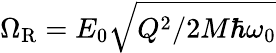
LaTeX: \Omega_{\mathrm{R}}=E_{0}\sqrt{Q^{2}/2M\hbar\omega_{0}}